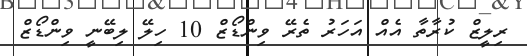
ރިލީޒް ކުރާތާ އެއް އަހަރު ތެރޭ ވިންޑޯޒް 10 ހިލޭ ލިބޭނީ ވިންޑޯޒް